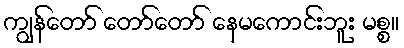
ကျွန်တော် တော်တော် နေမကောင်းဘူး မစ္စ။